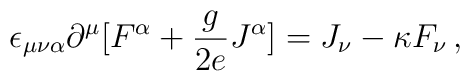
\epsilon_{\mu \nu \alpha}  \partial^\mu \big [ F^\alpha +{ g \over 2 e} J^\alpha \big]        =  J_\nu - \kappa F_\nu   \,  ,